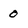
Character: 0